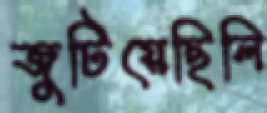
জুটিয়েছিলি